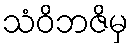
သံဝိဘဇိမှ